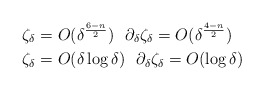
\begin{align*} \zeta_\delta&= O(\delta^{\frac{6-n}{2}})\ \ \partial_\delta \zeta_\delta = O(\delta^{\frac{4-n}{2}})\\ \zeta_\delta &= O(\delta\log \delta)\ \ \partial_\delta \zeta_\delta = O(\log \delta) \end{align*}